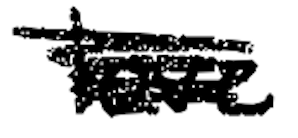
Text: love
Cross-out: mix
Writing tool: digital_black